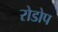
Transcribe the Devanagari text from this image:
रोडोप